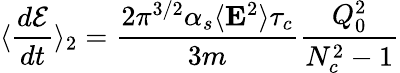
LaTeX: \langle{\frac{d{\cal{E}}}{dt}}\rangle_{2}={\frac{2\pi^{3/2}\alpha_{s}\langle{\mathbf E}^{2}\rangle\tau_{c}}{3m}}{\frac{Q_{0}^{2}}{N_{c}^{2}-1}}